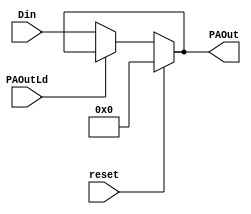
module PAOut(
    output[7:0] PAOut,  //A
    input reset,
    input PAOutLd,  //A
    input[7:0] Din
);

    reg[7:0] PAOutQ;  //AQ
    reg[7:0] PAOutD;  //AD
    assign PAOut = PAOutQ;  //AQA
    
    always @(PAOutLd or Din) begin
      if(PAOutLd==1'b0)
        PAOutD = Din;  //
      else
        PAOutD = PAOutQ;  //
    end
    
    always @(reset or PAOutLd or Din) begin
      if(reset)
        PAOutQ = 8'h00;
      else
        PAOutQ = PAOutD;
    end
    
endmodule